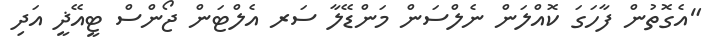
"އެގޮތުން ފާހަގަ ކޮއްލަން ނެލްސަން މަންޑޭލާ ސަރ އެލްޓަން ޖޯންސް ޓީއޭޛީ އަދި